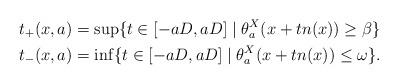
LaTeX: \begin{align*}t_+(x,a){}&=\sup \{t\in [-aD,aD] \mid \theta_a^X(x+tn(x)) \geq \beta \}\\t_-(x,a){}&=\inf \{t\in [-aD,aD] \mid \theta_a^X(x+tn(x)) \leq \omega\}.\end{align*}